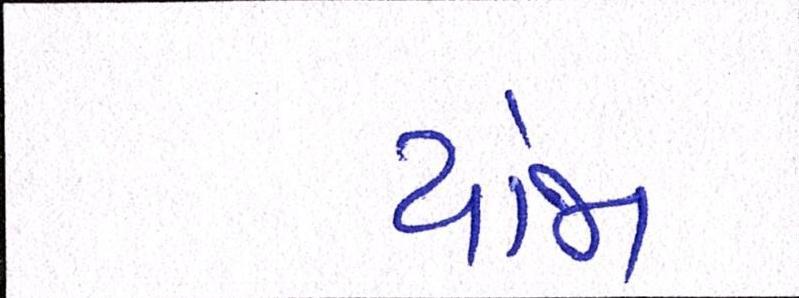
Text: યોજા